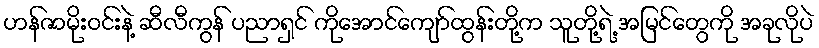
ဟန်ဇာမိုးဝင်းနဲ့ ဆီလီကွန် ပညာရှင် ကိုအောင်ကျော်ထွန်းတို့က သူတို့ရဲ့ အမြင်တွေကို အခုလိုပဲ